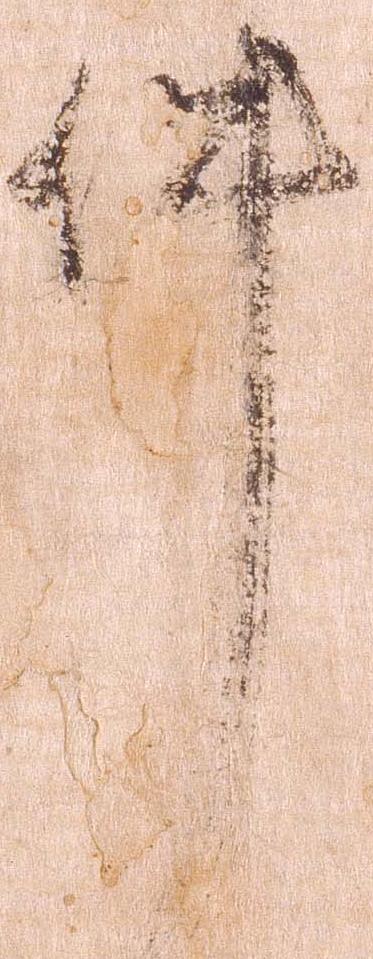
件